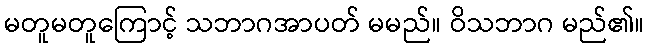
မတူမတူကြောင့် သဘာဂအာပတ် မမည်။ ဝိသဘာဂ မည်၏။